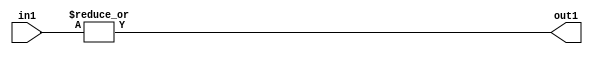
`timescale 1ps / 1ps
/*****************************************************************************
    Verilog RTL Description
    
    
    Created by: CellMath Designer 2019.1.01 
*******************************************************************************/

module bias_add_OrReduction_2U_1U_4_1 (
	in1,
	out1
	); /* architecture "behavioural" */ 
input [1:0] in1;
output  out1;
wire  asc001;

assign asc001 = 
	(|in1);

assign out1 = asc001;
endmodule

/* CADENCE  urb2Sw4= : u9/ySgnWtBlWxVPRXgAZ4Og= ** DO NOT EDIT THIS LINE ******/